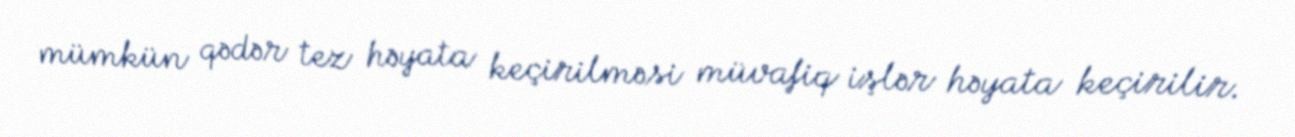
mümkün qədər tez həyata keçirilməsi müvafiq işlər həyata keçirilir.